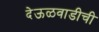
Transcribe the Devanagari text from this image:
देऊळवाडीची